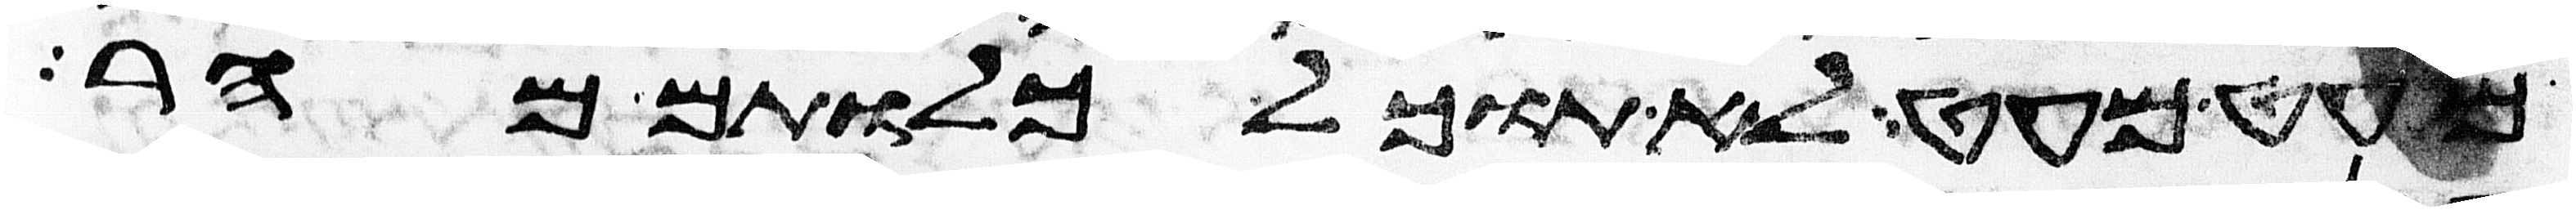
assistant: מעט מעט לא תוכל כלותם מהר